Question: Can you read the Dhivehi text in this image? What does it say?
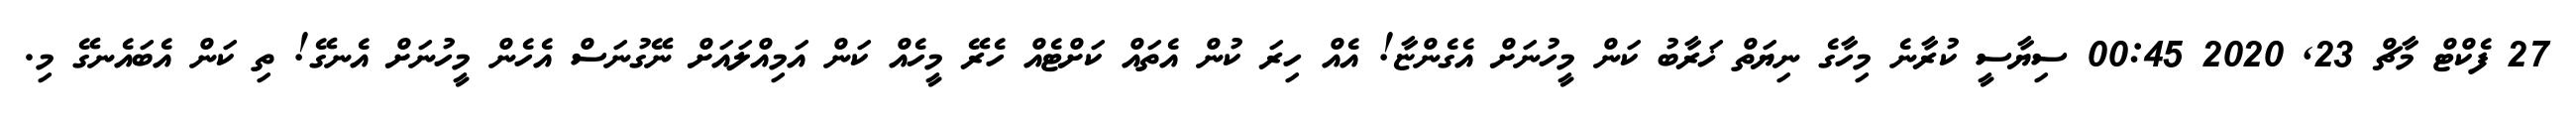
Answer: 27 ފެކްޓް މާޗް 23, 2020 00:45 ސިޔާސީ ކުރާނެ މިހާގެ ނިޔަތް ޚަރާބު ކަން މީހުނަށް އެގެންޏާ! އެއް ހިރަ ކުން އެތައް ކަށްޓެއް ހެރޭ މީހެއް ކަން އަމިއްލައަށް ނޭގުނަސް އެހެން މީހުނަށް އެނގޭ! ތި ކަން އެބައެނގޭ މި.